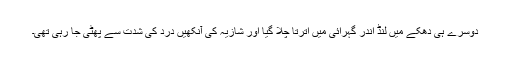
دوسرے ہی دھکے میں لنڈ اندر گہرائی میں اترتا چلا گیا اور شازیہ کی آنکھیں درد کی شدت سے پھٹی جا رہی تھی۔